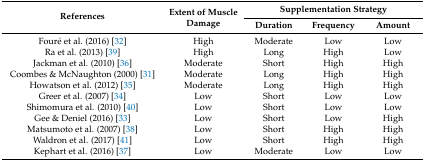
| <ROWSPAN=2> References | <ROWSPAN=2> Extent of Muscle Damage | <COLSPAN=3> Supplementation Strategy |
 | Duration | Frequency | Amount |
 | --- | --- | --- | --- | --- |
 | Fouré et al. (2016) [32] | High | Moderate | Low | Low |
 | Ra et al. (2013) [39] | High | Long | High | Low |
 | Jackman et al. (2010) [36] | Moderate | Short | High | High |
 | Coombes & McNaughton (2000) [31] | Moderate | Long | High | High |
 | Howatson et al. (2012) [35] | Moderate | Long | High | High |
 | Greer et al. (2007) [34] | Low | Short | Low | Low |
 | Shimomura et al. (2010) [40] | Low | Short | Low | Low |
 | Gee & Deniel (2016) [33] | Low | Short | Low | High |
 | Matsumoto et al. (2007) [38] | Low | Short | High | High |
 | Waldron et al. (2017) [41] | Low | Short | High | High |
 | Kephart et al. (2016) [37] | Low | Moderate | Low | Low |